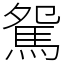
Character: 駌